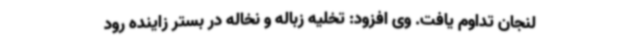
لنجان تداوم یافت. وی افزود: تخلیه زباله و نخاله در بستر زاینده رود